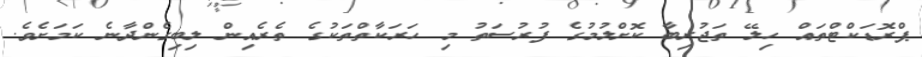
ޕްރޮޑަކްޓްތައް ހިލޭ ތަޖުރިބާ ކޮށްލުމުގެ ފުރުސަތު މި ހަރަކާތްތަކުގެ ތެރެއިން ލިބިގެންދާނެ ކަމަށެވެ.